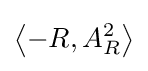
\left\langle -R,A_{R}^{2}\right\rangle